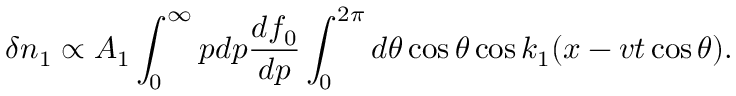
\delta n _ { 1 } \propto A _ { 1 } \int _ { 0 } ^ { \infty } p d p \frac { d f _ { 0 } } { d p } \int _ { 0 } ^ { 2 \pi } d \theta \cos \theta \cos k _ { 1 } ( x - v t \cos \theta ) .